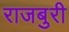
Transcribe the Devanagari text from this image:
राजबुरी